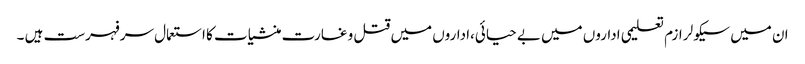
ان میں سیکولر ازم تعلیمی اداروں میں بے حیائی،اداروں میں قتل و غارت منشیات کا استعمال سرفہرست ہیں ۔